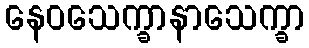
နေဝသေက္ခာနာသေက္ခာ